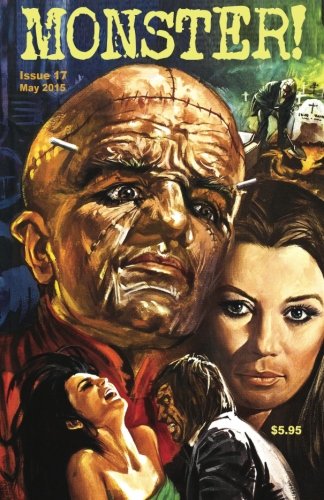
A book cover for Monster! #17: May 2015 - Our BIGGEST Issue Ever!!!; Tim Paxton; Humor & Entertainment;